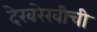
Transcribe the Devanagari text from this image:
देखरेखीची